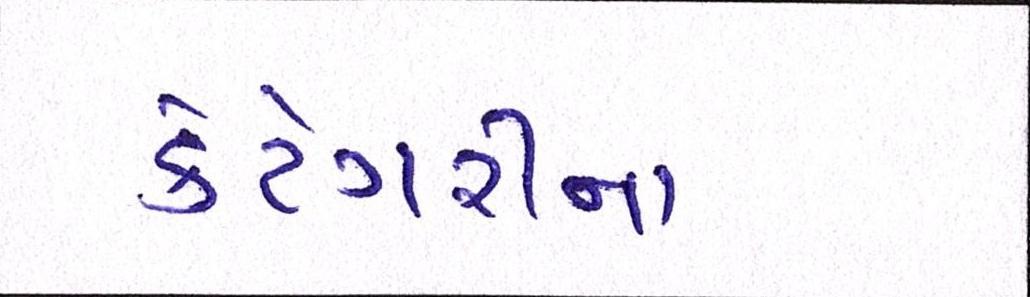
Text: કેટેગરીના